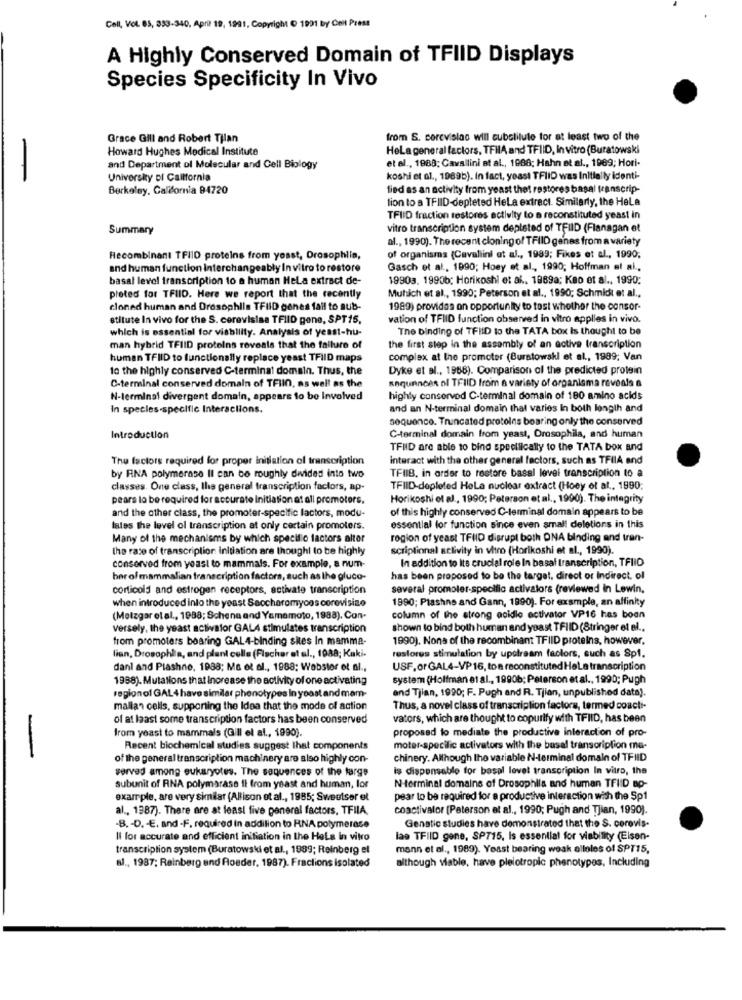
Cell, Vol. 65, 333-340, April 19, 1991, Copyright O 1991 by Ceit Press
A Highly Conserved Domain of TFIID Displays
Species Specificity In Vivo
Grace Gill and Robert Tjlan
from S. cerevislac will substitute for at least two of the
Howard Hughes Medical Institute
HeLa general factors, TFilA and TFIID, In vitro (Buratowski
and Department of Molecular and Cell Biology
et al ., 1988; Cavallini et al ., 1988; Hahn et al ., 1989; Hori-
University of California
koshi et al ., 1989b). In fact, yeast TFIID was Initially identi-
Berkeley, California 94720
fied as an activity from yeast thet restores basal transcrip-
tion to a TFIID-depleted HeLa extract. Similarly, the Hela
TFIID fraction restores ectivity to a reconstituted yeast in
Summary
vitro transcription system depleted of TFIID (Flanagan et
al ., 1990). The recent cloning of TFIID genes from a variety
Recombinant TFIID proteins from yoast, Drosophlin,
of organisms (Cavallini et al ., 1999; Fikes et al ., 1990;
and human function Interchangeably In vitro to restore
Gasch et al ., 1990; Hoey et al ., 1990; Hoffman et al .,
basal level transcription to a human Hela extract de-
19903. 1990b; Horikoshi et al ., 1889a; Keo et al ., 1990:
Muhich et al ., 1990; Peterson et al ., 1990; Schmidt et al .,
pleted for TFIID. Here we report that the recently
cloned human and Drosophlls TFIID genes fail to sub-
1989) providas on opportunity to test whether the consor-
stitute In vivo for the S. cerevisiaa TFIID gone, SPT15,
vation of TFIID function observed in vitro applies in vivo.
which is essential for viability. Analysis of yeast-hu-
The binding of TFIID to the TATA box Is thought to be
man hybrid TFIID proteins reveals that the failure of
the first step in the assembly of an active transcription
human TFIID to functionally replace yeast TFIID maps
complex at the promoter (Burstowski et al ., 1989; Van
to the highly conserved C-terminal domain. Thus, the
Dyke et al ., 1988). Comparison of the predicted protein
saquninces ol TFIID from a variety of organisma reveals a
C-terminal conserved domain of TFIIO, as well as the
N-terminal divergent domain, appears to be Involved
highly conserved C-terminal domain of 180 amino acids
In species-specific Interactions.
and an N-terminal domain that varies In both length and
sequence. Truncated proteins bearing only the conserved
Introduction
C-terminal domain from yeast, Drosophila, and human
TFIID are able to bind specifically to the TATA box and
The factors required for proper initiation of transcription
interact with the other general factors, such as TFIIA and
by RNA polymerase Il can be roughly divided into two
TFIIB. in order to restore basal level transcription to a
classes. One class, the general transcription factors, ap-
TFIID-depleted Hela nuclear extract (Hoey of at ., 1990;
pears lo be required for accurate initiation at all promotors.
Horikoshi el aJ ., 1990; Peterson et al ., 1990). The integrity
and the other class, the promoter-specific factors, modu-
of this highly conserved C-terminal domain appears to be
lates the level ol transcription at only certain promoters.
essential for function since even small deletions in this
Many of the mechanisms by which specific factors alter
region of yeast TFIID disrupt both DNA binding and tran-
the rate of transcription initiation are though! to be highly
scriptional activity in vitro (Horikoshi et al ., 1990).
In addition to Its crucial role In basal transcription, TFIIO
conserved from yeast to mammals. For example, a num-
her of mammalian transcription factors, such as the gluco-
has been proposed to be the target, direct or Indirect. of
corticold and estrogen receptors, activate transcription
several promoler-specific activalors (reviewed in Lewin,
when introduced into the yeast Saccharomyons corevisiae
1990; Plashns and Gann, 1990). For example, an affinity
(Motzgar elal ., 1988; Schena and Yamamoto, 1988), Con-
column of the strong acidle activator VP16 has boen
versely, the yeast activafor GAL4 stimulates transcription
shown to bind both human and yeast TFIID (Stringer et al .,
from promoters bearing GAL4-binding sites In mamma-
1990). None of the recombinant TFIID proteins, however,
lian, Drosophila, and plant cells (Fischer et al ., 1988; Kaki.
restores stimulation by upstream factors, such as Sp1.
dani and Plashno, 1988; Ma et al ., 1988: Webstor et al .,
USF,or GAL4-VP16, toa reconstituted HeLa transcription
1988). Mutations that Increase the activity of one activating
system (Holfman et al ., 1990b; Peterson et al ., 1990; Pugh
regionof GAL4 have similar phenotypes In yoast and mam-
and Tjian, 1990; F. Pugh and R. Tjian, unpublished data).
mallar cells, supporting the Idea that the mode of action
Thus, a novel class of transcription factors, termed coacti-
of at least some transcription factors has been conserved
vators, which are thought to copurify with TFIID, has been
from yeast to mammals (Gill el al ., 1990).
proposed to mediate the productive interaction of pro-
-
Recent biochemical studies suggest that components
moter-specilic activators with the basel transcription ma-
of the general transcription machinery are also highly con-
chinery. Although the variable N-terminal domain of TFHD
served among eukaryotes. The sequences of the farge
is disponsable for basal level transcription In vitro, the
subunit of RNA polymarase il from yeast and human, lor
N-terminal domains of Drosophila and human TFIID Bp-
example, are very similar (Allison et al ., 1985; Sweetser et
pear to be required for a productive interaction with the Sp1
al ., 1387). There are at least five general factors, TFIIA,
coactivator (Peterson et al ., 1990; Pugh and Tjian, 1990).
-B. - D. - E. and -F. required in addition to RNA polymerase
Genstic studies have demonstrated that the S. corovis.
Il for accurate and efficient initiation in the Hela in vitro
las TFIID gene, SP715, Is essential for viability (Elsen-
transcription system (Buratowski et al ., 1989; Reinberg el
mann et al ., 1989). Yoast bearing weak olloles of SPT15,
although viable, have pleiotropic phenotypes, Including
al ., 1987; Reinberg and Roeder, 1987). Fractions isolated